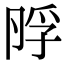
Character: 𡥭